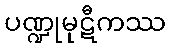
ပဏ္ဍုမုဋီကဿ